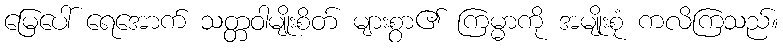
မြေပေါ် ရေအောက် သတ္တဝါမျိုးစိတ် များစွာ၏ ကြမ္မာကို အမျိုးစုံ ကလိကြသည်။